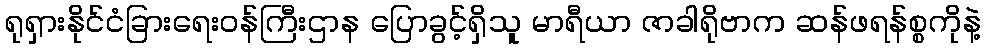
ရုရှားနိုင်ငံခြားရေးဝန်ကြီးဌာန ပြောခွင့်ရှိသူ မာရီယာ ဇာခါရိုဗာက ဆန်ဖရန်စ္စကိုနဲ့